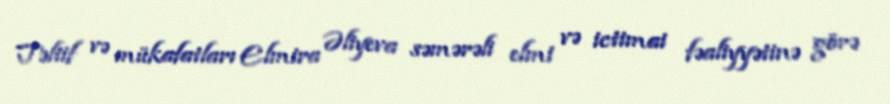
Təltif və mükafatları Elmira Əliyeva səmərəli elmi və ictimai fəaliyyətinə görə